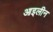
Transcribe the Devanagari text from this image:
आइलीन